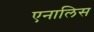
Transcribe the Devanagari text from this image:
एनालिस